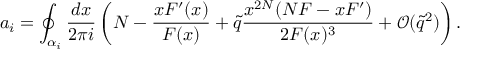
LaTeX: a _ { i } = \oint _ { \alpha _ { i } } \frac { d x } { 2 \pi i } \left( N - \frac { x F ^ { \prime } ( x ) } { F ( x ) } + \tilde { q } \frac { x ^ { 2 N } ( N F - x F ^ { \prime } ) } { 2 F ( x ) ^ { 3 } } + \mathcal { O } ( \tilde { q } ^ { 2 } ) \right) .